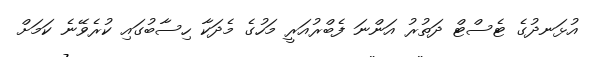
އުޅަނދުގެ ޓެސްޓް ދަތުރު އަންނަ ފެބްރުއަރީ މަހުގެ މެދަކާ ހިސާބުގައި ކުރެވޭނެ ކަމަށް